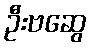
ဦးဗဆွေ